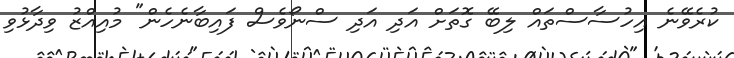
ކުރެވޭނެ އިހުސާސްތައް ލިބޭ ގޮތަށް އަދި އަދި ސްނޯވެސް ފައިބާނެހެން" މުއިއްޒު ވިދާޅުވި